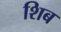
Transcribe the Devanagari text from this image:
शिब